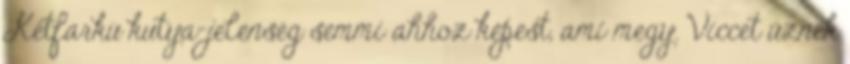
Kétfarkú kutya-jelenség semmi ahhoz képest, ami megy. Viccet űznek